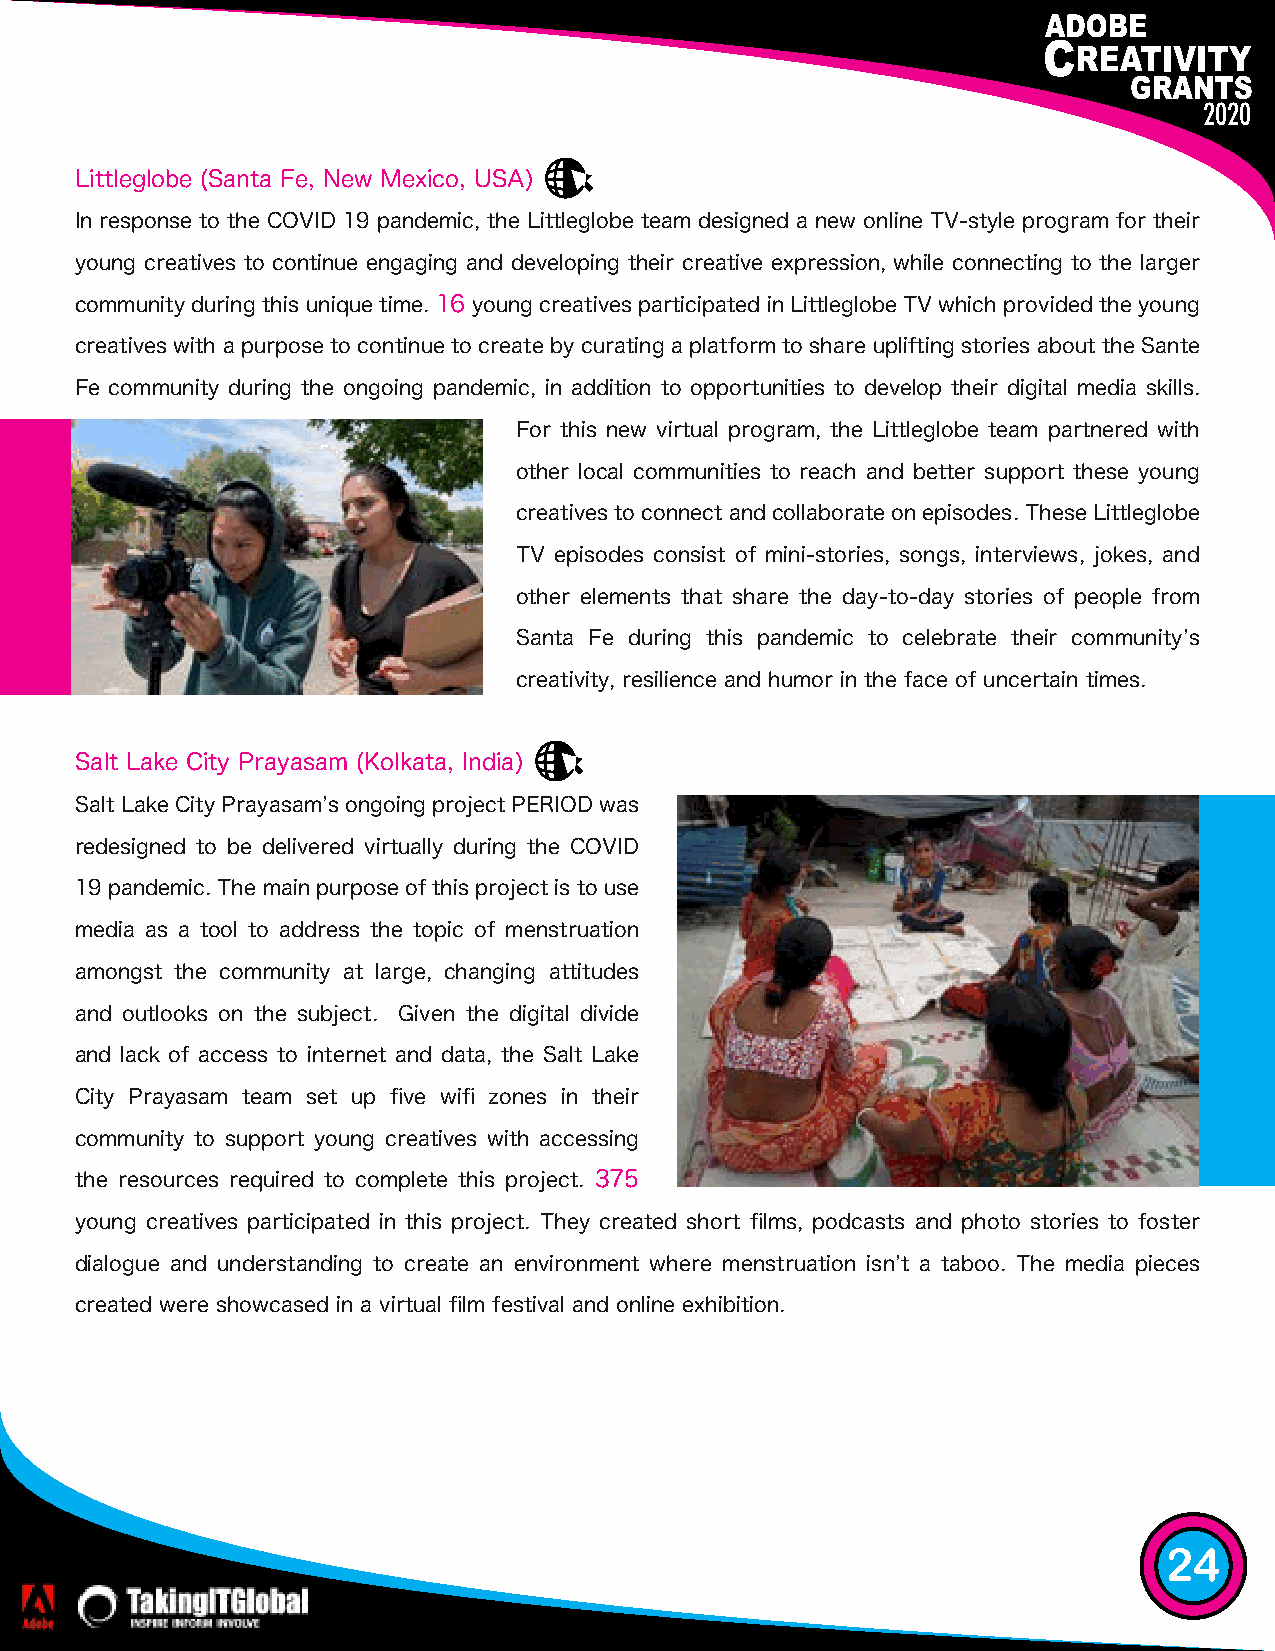
2020
 Littleglobe (Santa Fe, New Mexico, USA)
 In response to the COVID 19 pandemic, the Littleglobe team designed a new online TV-style program for their
 young creatives to continue engaging and developing their creative expression, while connecting to the larger
 community during this unique time. 16 young creatives participated in Littleglobe TV which provided the young
 creatives with a purpose to continue to create by curating a platform to share uplifting stories about the Sante
 Fe community during the ongoing pandemic, in addition to opportunities to develop their digital media skills.
 For this new virtual program, the Littleglobe team partnered with
 other local communities to reach and better support these young
 creatives to connect and collaborate on episodes. These Littleglobe
 TV episodes consist of mini-stories, songs, interviews, jokes, and
 other elements that share the day-to-day stories of people from
 Santa Fe during this pandemic to celebrate their communityʼs
 creativity, resilience and humor in the face of uncertain times.
 Salt Lake City Prayasam (Kolkata, India)
 Salt Lake City Prayasamʼs ongoing project PERIOD was
 redesigned to be delivered virtually during the COVID
 19 pandemic. The main purpose of this project is to use
 media as a tool to address the topic of menstruation
 amongst the community at large, changing attitudes
 and outlooks on the subject. Given the digital divide
 and lack of access to internet and data, the Salt Lake
 City Prayasam team set up five wifi zones in their
 community to support young creatives with accessing
 the resources required to complete this project. 375
 young creatives participated in this project. They created short films, podcasts and photo stories to foster
 dialogue and understanding to create an environment where menstruation isnʼt a taboo. The media pieces
 created were showcased in a virtual film festival and online exhibition.
 24